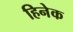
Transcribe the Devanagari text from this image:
हिनेक